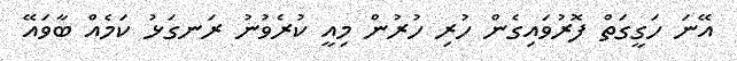
އޭނަ ހަގީގަތް ފޮރުވައިގެން ހުރި ހުރުން މިއީ ކުރެވުނު ރަނގަޅު ކަމެއް ބާވައޭ